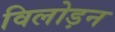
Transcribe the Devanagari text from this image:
विलोड़न